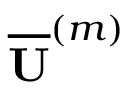
\mathbf { \overline { { U } } } ^ { ( m ) }